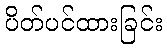
ပိတ်ပင်ထားခြင်း